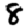
Digit: 8